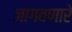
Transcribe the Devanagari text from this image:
जागवणारे